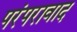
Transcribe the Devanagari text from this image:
परंपरावाद